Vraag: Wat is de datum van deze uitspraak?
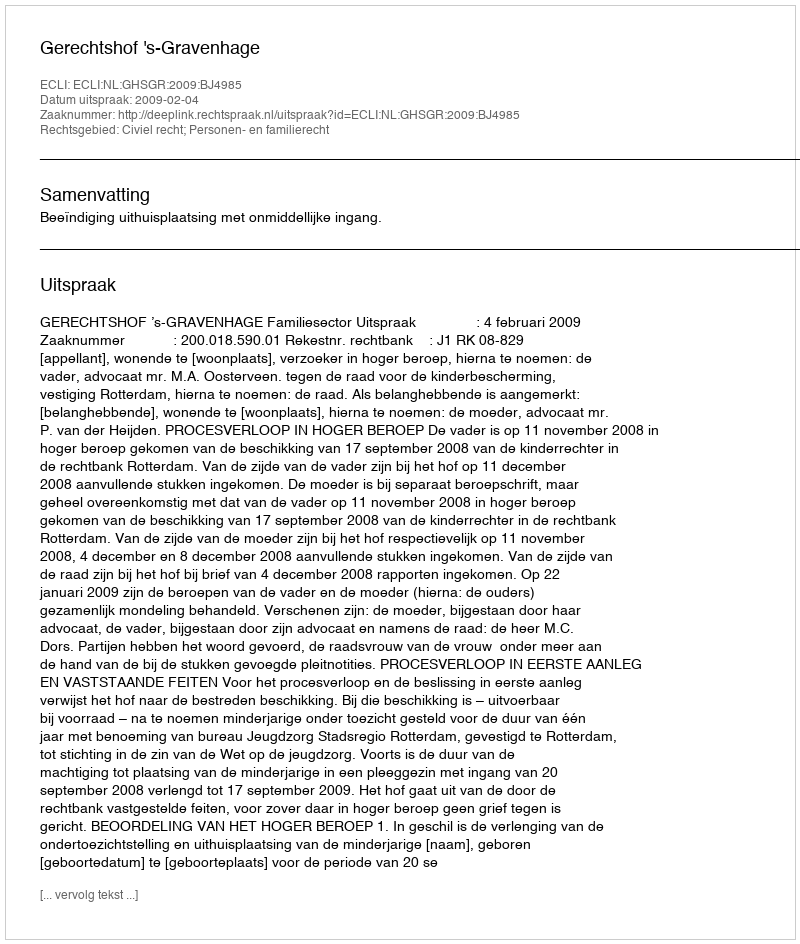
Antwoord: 2009-02-04